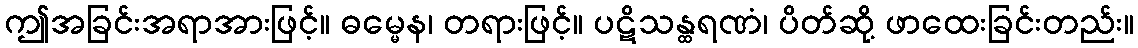
ဤအခြင်းအရာအားဖြင့်။ ဓမ္မေန၊ တရားဖြင့်။ ပဋိသန္ထရဏံ၊ ပိတ်ဆို့ ဖာထေးခြင်းတည်း။